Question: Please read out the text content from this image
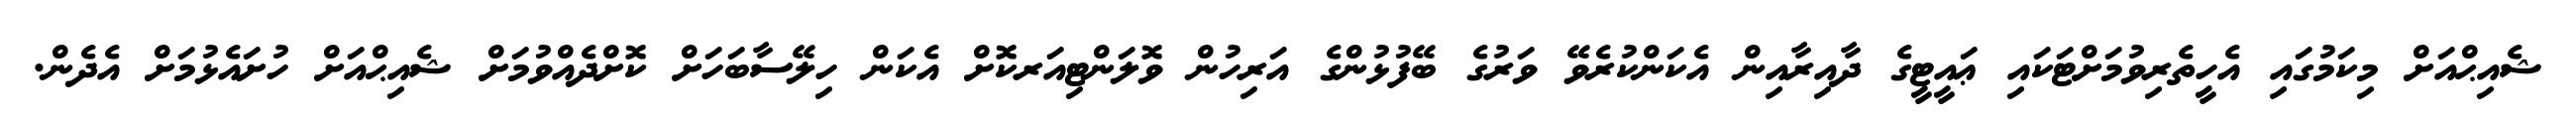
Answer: ޝެއިޙްއަށް މިކަމުގައި އެހީތެރިވުމަށްޓަކައި ޢައީޓީގެ ދާއިރާއިން އެކަންކުރެވޭ ވަރުގެ ބޭފުޅުންގެ އަރިހުން ވޮލަންޓިއަރކޮށް އެކަން ހިލޭސާބަހަށް ކޮށްދެއްވުމަށް ޝެއިޙްއަށް ހުށައެޅުމަށް އެދެން.